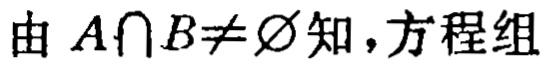
由 \(A\cap B\neq \varnothing\)知，方程组